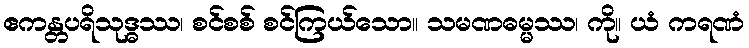
ဧကန္တပရိသုဒ္ဓဿ၊ စင်စစ် စင်ကြယ်သော။ သမဏဓမ္မဿ၊ ကို။ ယံ ကရဏံ